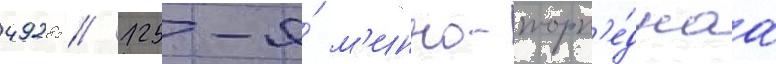
49285 // 125-я́ м'инно-торп'е́днаа